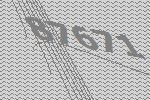
87671